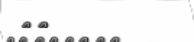
١٧